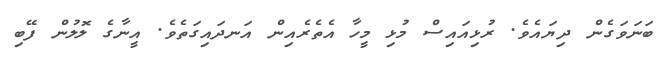
ބަނަވަގެން ދިޔައެވެ. ރުޅިއައިސް މުޅި މީހާ އެތެރެއިން އަނދައިގަތެވެ. އީނާގެ ލޮލުން ފޭބި